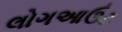
લોગઆઉટ